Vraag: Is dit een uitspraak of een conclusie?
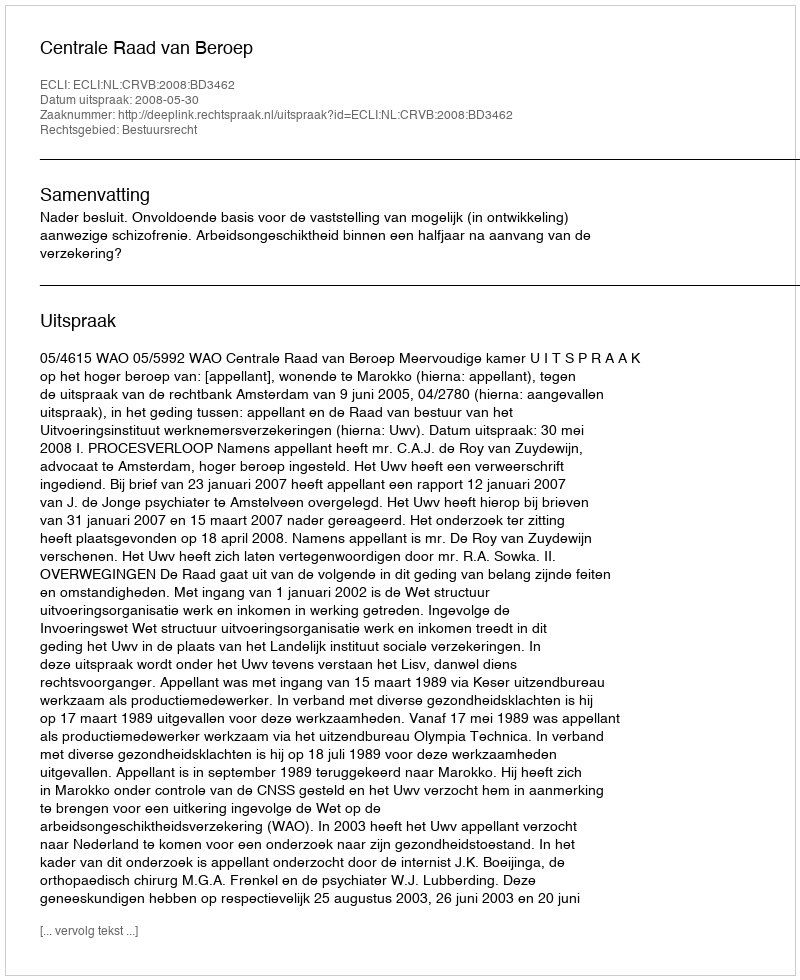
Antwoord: Uitspraak